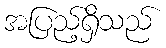
အပြည့်ရှိသည်